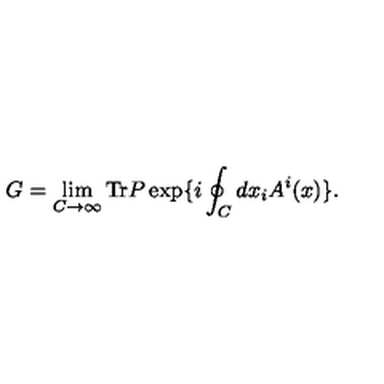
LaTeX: G = \lim _ { C \to \infty } \mathrm { T r } P \exp \{ i \oint _ { C } d x _ { i } A ^ { i } ( x ) \} .